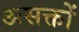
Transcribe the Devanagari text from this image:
असक्तों